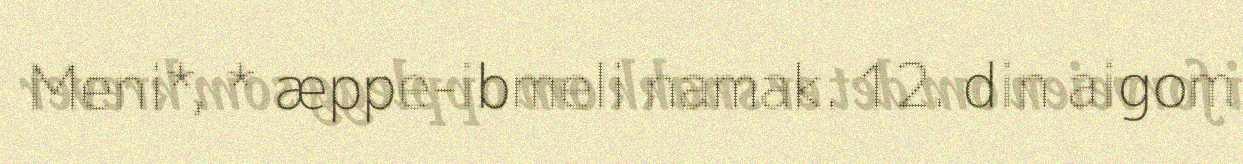
Meni*, * æppe-ibmeli namak. 12. din aigom